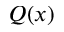
Q ( x )